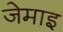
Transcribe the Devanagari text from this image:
जेमाइ